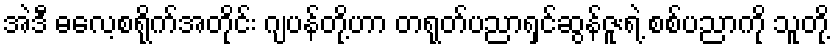
အဲဒီ ဓလေ့စရိုက်အတိုင်း ဂျပန်တို့ဟာ တရုတ်ပညာရှင်ဆွန်ဇူးရဲ့ စစ်ပညာကို သူတို့